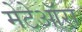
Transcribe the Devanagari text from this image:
मेटेऑरा